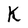
Character: k